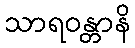
သာရဝန္တာနိ